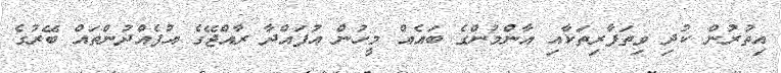
އިތުރުން ކުދި ވިތަފާރިތަކާއި އާންމުންގެ ބައެއް މީހުން އުފައްދާ ރާއްޖޭގެ އުފެއްދުންތައް ބޭރުގެ